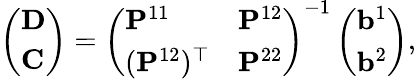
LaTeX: \left(\begin{array}{l}{\mathbf{D}}\\ {\mathbf{C}}\end{array}\right)=\left(\begin{array}{ll}{\mathbf{P}^{11}}&{\mathbf{P}^{12}}\\ {(\mathbf{P}^{12})^{\top}}&{\mathbf{P}^{22}}\end{array}\right)^{-1}\left(\begin{array}{l}{\mathbf{b}^{1}}\\ {\mathbf{b}^{2}}\end{array}\right),